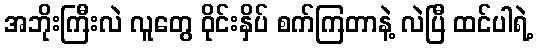
အဘိုးကြီးလဲ လူတွေ ဝိုင်းနှိပ် စက်ကြတာနဲ့ လဲပြီ ထင်ပါရဲ့